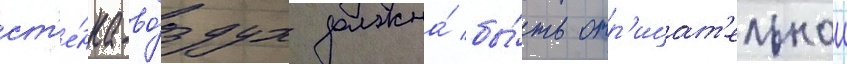
ст'е́нка-во́здух должна́ бы́ть отр'ицат'ельнои